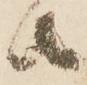
者